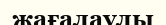
жағалаулы